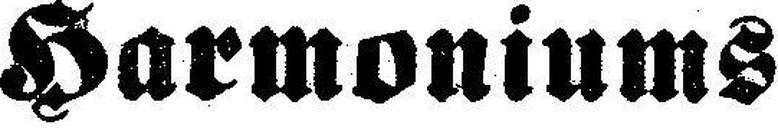
Harmoniums